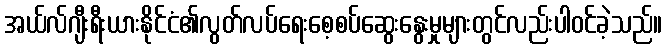
အယ်လ်ဂျီးရီးယားနိုင်ငံ၏လွတ်လပ်ရေးစေ့စပ်ဆွေးနွေးမှုများတွင်လည်းပါဝင်ခဲ့သည်။